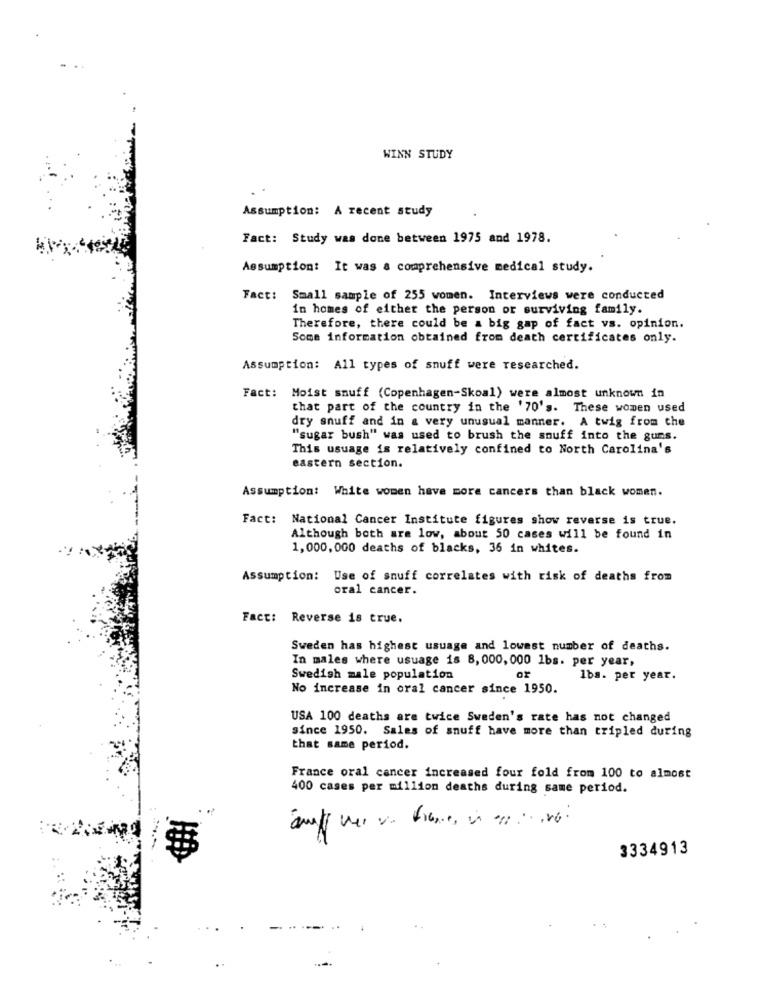
WINN STUDY
Assumption: A recent study
Fact: Study was done between 1975 and 1978.
Assumption: It was a comprehensive medical study.
Fact: Small sample of 255 women. Interviews were conducted
in homes of either the person or surviving family.
Therefore, there could be a big gap of fact vs. opinion.
Some information obtained from death certificates only.
Assumption: All types of snuff were researched.
Fact: Moist snuff (Copenhagen-Skoal) were almost unknown in
that part of the country in the '70's. These women used
dry snuff and in a very unusual manner. A twig from the
"sugar bush" was used to brush the snuff into the guns.
This usuage is relatively confined to North Carolina's
eastern section.
Assumption: White women have more cancers than black women.
Fact: National Cancer Institute figures show reverse is true.
Although both are low, about 50 cases will be found in
1,000,000 deaths of blacks, 36 in whites.
Assumption: Use of snuff correlates with risk of deaths from
oral cancer.
Fact:
Reverse is true.
Sweden has highest usuage and lowest number of deaths.
In males where usuage is 8, 000, 000 1bs. per year,
Swedish male population
1bs. per year.
No increase in oral cancer since 1950.
USA 100 deaths are twice Sweden's rate has not changed
since 1950. Sales of snuff have more than tripled during
that same period.
France oral cancer increased four fold from 100 to almost
400 cases per million deaths during same period.
3334913